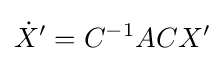
{\dot {X}}'=C^{-1}ACX'